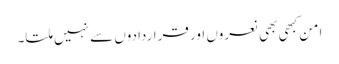
امن کبھی بھی نعروں اور قراردادوں سے نہیں ملتا۔